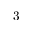
3